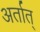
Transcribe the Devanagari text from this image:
अर्तात्